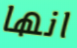
انها